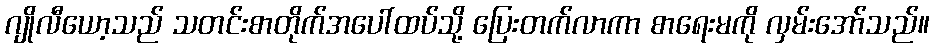
ဂျိုလီယော့သည် သတင်းစာတိုက်အပေါ်ထပ်သို့ ပြေးတက်လာကာ စာရေးမကို လှမ်းအော်သည်။